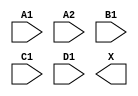
module sky130_fd_sc_hs__o2111a (
    //# {{data|Data Signals}}
    input  A1,
    input  A2,
    input  B1,
    input  C1,
    input  D1,
    output X
);

    // Voltage supply signals
    supply1 VPWR;
    supply0 VGND;

endmodule